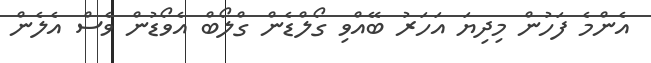
އެންމެ ފަހުން މިދިޔަ އަހަރު ބޭއްވި ގޯލްޑެން ގްލޯބް އެވޯޑުން ވެސް އެލެން